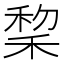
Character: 𫀺